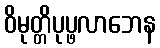
ဝိမုတ္တိပုပ္ဖလာဘေန